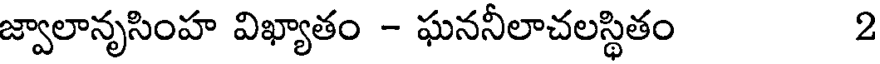
జ్వాలానృసింహ విఖ్యాతం - ఘననీలాచలస్థితం 2